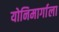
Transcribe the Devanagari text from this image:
योनिमार्गाला